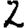
Digit: 2